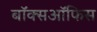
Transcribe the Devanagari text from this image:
बाॅक्सऑफिस